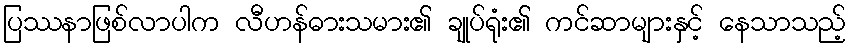
ပြဿနာဖြစ်လာပါက လီဟန်ဓားသမား၏ ချုပ်ရုံး၏ ကင်ဆာများနှင့် နေသာသည့်